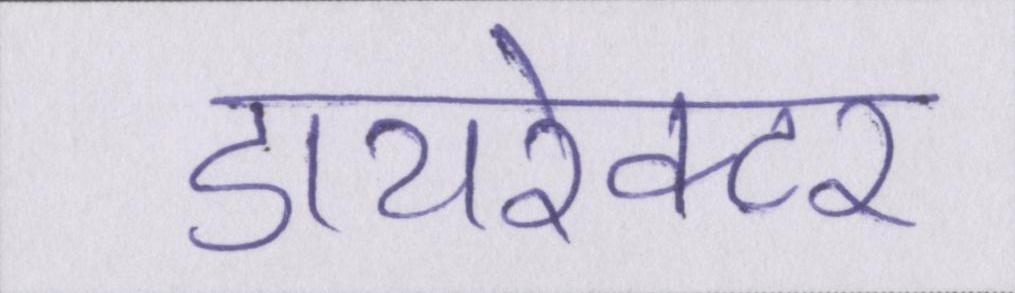
डायरेक्टर